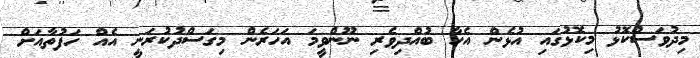
މިދުވަސްކޮޅު މިކޮޅުގައި އުޅެން އެހާ ބުއްދިވެރި ނޫންވީމަ އަހަރެން މިގަސްދުކުރަނީ އެއް ހަފުތާއަށް